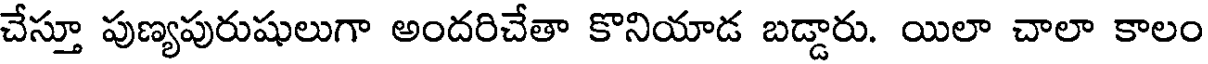
చేస్తూ పుణ్యపురుషులుగా అందరిచేతా కొనియాడ బడ్డారు. యిలా చాలా కాలం